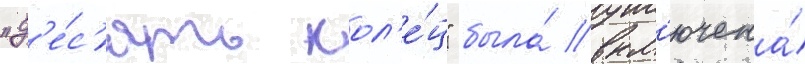
"д'е́с'ять кол'е́ц" была́ вкл'ючена́